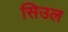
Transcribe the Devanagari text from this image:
सिउल